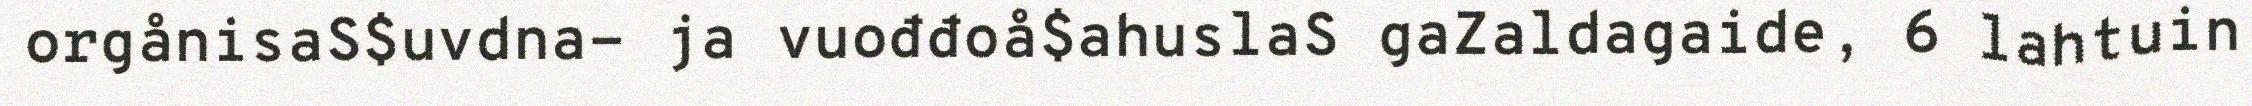
orgånisaS$uvdna- ja vuođđoå$ahuslaS gaZaldagaide, 6 lahtuin